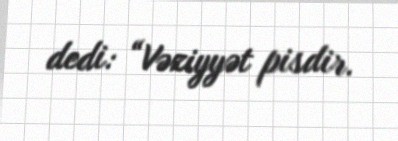
dedi: “Vəziyyət pisdir.